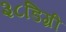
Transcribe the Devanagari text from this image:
३८डिग्री